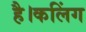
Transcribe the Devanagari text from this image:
है।कलिंग